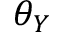
\theta _ { Y }